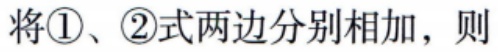
将\textcircled{1}、\textcircled{2}式两边分别相加，则